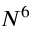
N ^ { 6 }